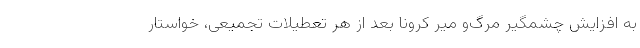
به افزایش چشمگیر مرگ‌و میر کرونا بعد از هر تعطیلات تجمیعی، خواستار